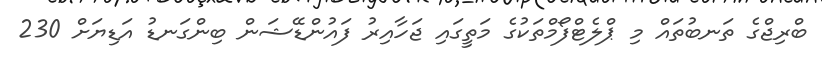
ބްރިޖްގެ ތަނބުތައް މި ޕްލެޓްފޯމްތަކުގެ މަތީގައި ޖަހާއިރު ފައުންޑޭޝަން ބިންގަނޑު އަޑިޔަށް 230